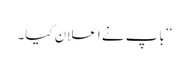
‘‘ باپ نے اعلان کیا۔